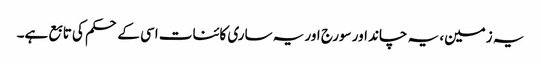
یہ زمین، یہ چاند اور سورج اور یہ ساری کائنات اسی کے حکم کی تابع ہے۔